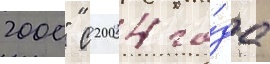
2000" с 2004 го́да